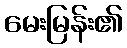
မေးမြန်း၏